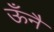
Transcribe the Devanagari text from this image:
ऊँनै